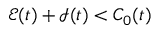
\mathcal { E } ( t ) + \mathcal { I } ( t ) < C _ { 0 } ( t )